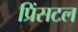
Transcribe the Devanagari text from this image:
प्रिंसटल